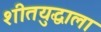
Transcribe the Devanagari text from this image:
शीतयुद्धाला